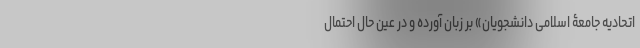
اتحادیه جامعۀ اسلامی دانشجویان» بر زبان آورده و در عین حال احتمال